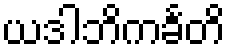
ယဒါဘိကင်္ခတိ